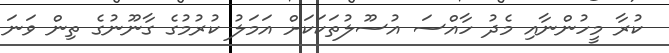
ކުރާ މީހުންނާއި މެދު ހާއްސަ އުސޫލުތަކަކަށް އަމަލު ކުރުމުގެ ގާނޫނުގެ ތިން ވަނަ